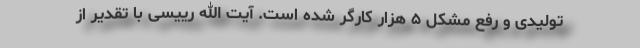
تولیدی و رفع مشکل ۵ هزار کارگر شده است. آیت الله رییسی با تقدیر از